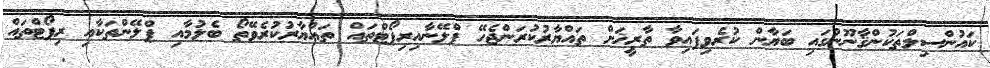
ކައުންސިލްތަކުންޤާނޫނުގައި ބަޔާން ކުރެވިފައިވާ ތާރީޚަށް ތައްޔާރުކުރަންޖެހޭ ޕްލޭނާއިރިޕޯޓްތައް ތައްޔާރުކުރެވޭތޯ ބެލުމާއި ޕްލޭންތަކާއި ރިޕޯޓްތައް